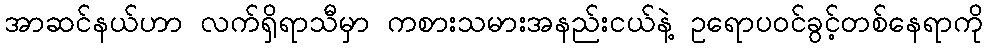
အာဆင်နယ်ဟာ လက်ရှိရာသီမှာ ကစားသမားအနည်းငယ်နဲ့ ဥရောပ၀င်ခွင့်တစ်နေရာကို